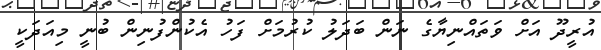
އުރީދޫ އަށް ވަތައްނިޔާގެ ނަން ބަދަލު ކުރުމަށް ފަހު އެކުންފުނިން ބުނީ މިއަދަކީ